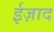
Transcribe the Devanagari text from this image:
ईज़ाद